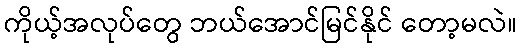
ကိုယ့်အလုပ်တွေ ဘယ်အောင်မြင်နိုင် တော့မလဲ။